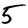
Digit: 5